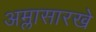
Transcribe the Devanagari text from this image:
अम्लासारखे